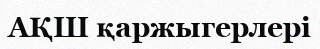
АҚШ қаржыгерлері